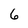
Character: 6